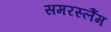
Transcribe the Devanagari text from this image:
समरस्लैंम